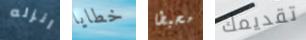
انزله خطايا محبطا تقديمك